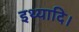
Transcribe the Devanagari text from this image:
इथ्यादि।